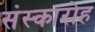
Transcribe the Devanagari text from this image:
संस्कारोह